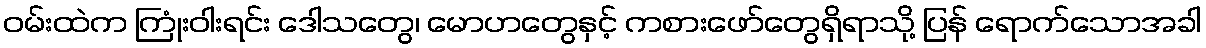
ဝမ်းထဲက ကြုံးဝါးရင်း ဒေါသတွေ၊ မောဟတွေနှင့် ကစားဖော်တွေရှိရာသို့ ပြန် ရောက်သောအခါ